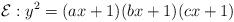
LaTeX: \begin{align*}\mathcal{E}: y^2=(ax+1)(bx+1)(cx+1)\end{align*}